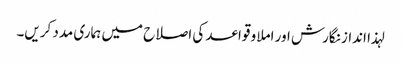
لہذا انداز نگارش اور املا و قواعد کی اصلاح میں ہماری مدد کریں۔